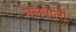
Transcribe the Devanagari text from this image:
नलवाली